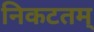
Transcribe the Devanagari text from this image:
निकटतम्